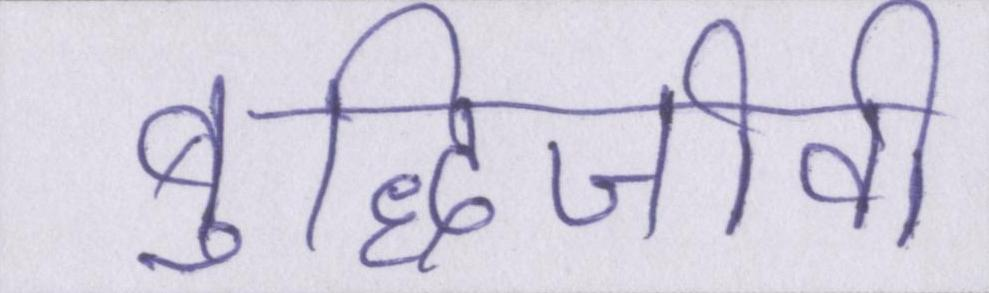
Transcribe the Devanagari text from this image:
बुद्धिजीवी